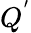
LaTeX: Q^{'}